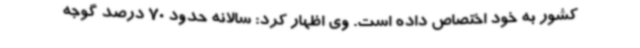
کشور به خود اختصاص داده است. وی اظهار کرد: سالانه حدود 70 درصد گوجه